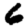
Digit: 6